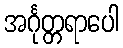
အင်္ဂုတ္တရာပေါ